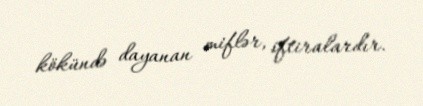
kökündə dayanan miflər, iftiralardır.